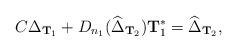
LaTeX: \begin{align*} C\Delta_{{\bf T}_1}+D_{n_1}(\widehat\Delta_{{\bf T}_2}) {\bf T}_1^* = \widehat\Delta_{{\bf T}_2}, \end{align*}